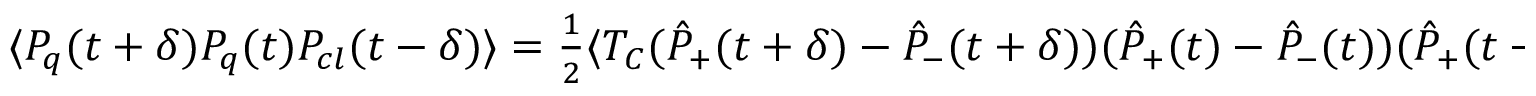
\begin{array} { r } { \langle P _ { q } ( t + \delta ) P _ { q } ( t ) P _ { c l } ( t - \delta ) \rangle = \frac { 1 } { 2 } \langle { \cal T } _ { C } ( \hat { P } _ { + } ( t + \delta ) - \hat { P } _ { - } ( t + \delta ) ) ( \hat { P } _ { + } ( t ) - \hat { P } _ { - } ( t ) ) ( \hat { P } _ { + } ( t - \delta ) + \hat { P } _ { - } ( t - \delta ) ) \rangle . } \end{array}